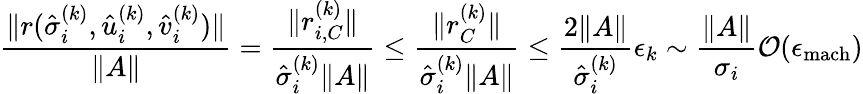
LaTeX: \frac{\| r(\hat{\sigma}_{i}^{(k)},\hat{u}_{i}^{(k)},\hat{v}_{i}^{(k)})\| }{\| A\| }=\frac{\| r_{i,C}^{(k)}\| }{\hat{\sigma}_{i}^{(k)}\| A\| }\leq\frac{\| r_{C}^{(k)}\| }{\hat{\sigma}_{i}^{(k)}\| A\| }\leq\frac{2\| A\| }{\hat{\sigma}_{i}^{(k)}}\epsilon_{k}\sim\frac{\| A\| }{\sigma_{i}}\mathcal{O}(\epsilon_{\mathrm{mach}})